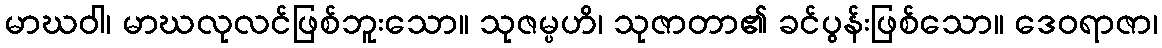
မာဃဝါ၊ မာဃလုလင်ဖြစ်ဘူးသော။ သုဇမ္ပဟိ၊ သုဇာတာ၏ ခင်ပွန်းဖြစ်သော။ ဒေဝရာဇာ၊